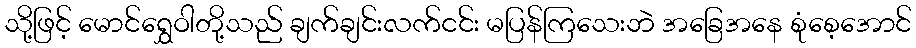
သို့ဖြင့် မောင်ရွှေဝါတို့သည် ချက်ချင်းလက်ငင်း မပြန်ကြသေးဘဲ အခြေအနေ စုံစေ့အောင်